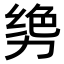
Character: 𫦳